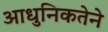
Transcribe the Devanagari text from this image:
आधुनिकतेने